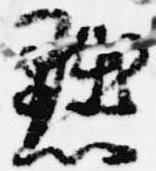
黜